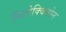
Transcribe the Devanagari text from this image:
मिटोक्विनोन